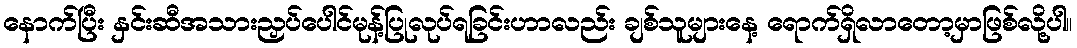
နောက်ပြီး နှင်းဆီအသားညှပ်ပေါင်မုန့်ပြုလုပ်ရခြင်းဟာလည်း ချစ်သူများနေ့ ရောက်ရှိလာတော့မှာဖြစ်လို့ပါ။